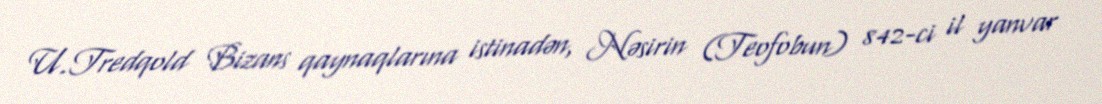
U.Tredqold Bizans qaynaqlarına istinadən, Nəsirin (Teofobun) 842-ci il yanvar